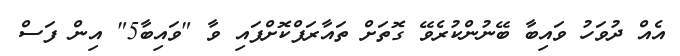
އެއް ދުވަހު ވައިބާ ބޭނުންކުރެވޭ ގޮތަށް ތައާރަފްކޮށްފައި ވާ "ވައިބާ5" އިން ފަސް